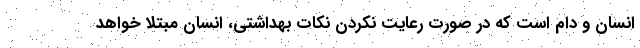
انسان و دام است که در صورت رعایت نکردن نکات بهداشتی، انسان مبتلا خواهد